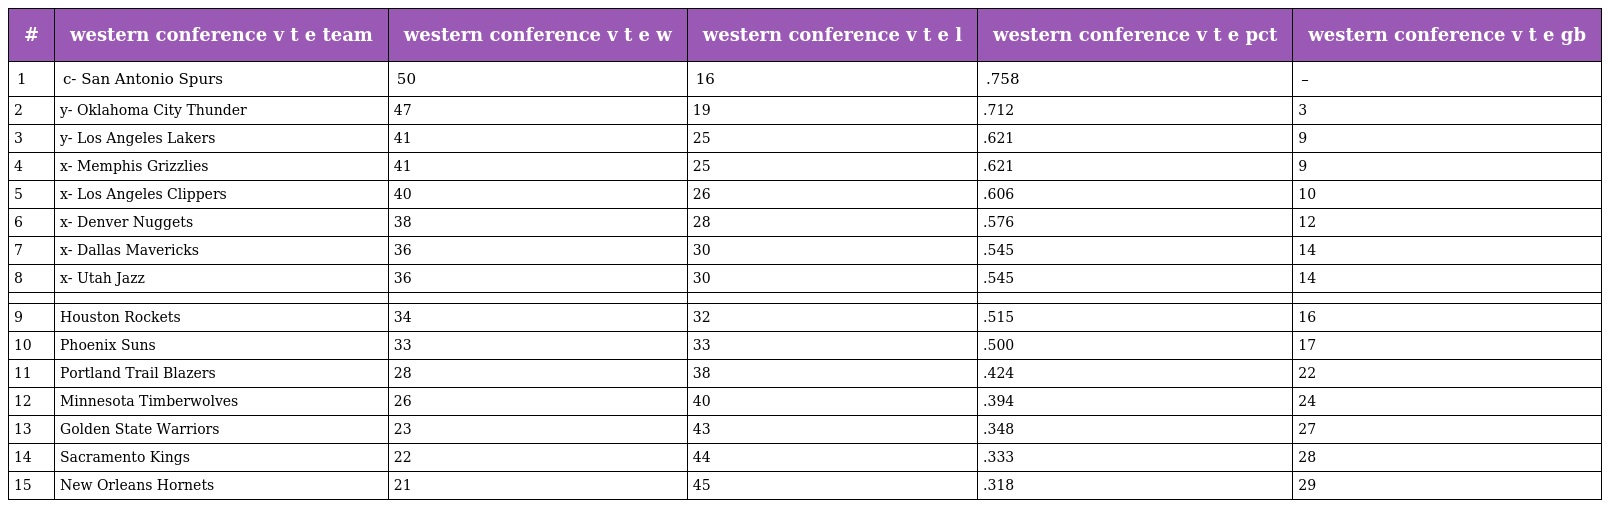
| # | western conference v t e team | western conference v t e w | western conference v t e l | western conference v t e pct | western conference v t e gb |
 | --- | --- | --- | --- | --- | --- |
 | 1 | c- San Antonio Spurs | 50 | 16 | .758 | – |
 | 2 | y- Oklahoma City Thunder | 47 | 19 | .712 | 3 |
 | 3 | y- Los Angeles Lakers | 41 | 25 | .621 | 9 |
 | 4 | x- Memphis Grizzlies | 41 | 25 | .621 | 9 |
 | 5 | x- Los Angeles Clippers | 40 | 26 | .606 | 10 |
 | 6 | x- Denver Nuggets | 38 | 28 | .576 | 12 |
 | 7 | x- Dallas Mavericks | 36 | 30 | .545 | 14 |
 | 8 | x- Utah Jazz | 36 | 30 | .545 | 14 |
 |  |  |  |  |  |  |
 | 9 | Houston Rockets | 34 | 32 | .515 | 16 |
 | 10 | Phoenix Suns | 33 | 33 | .500 | 17 |
 | 11 | Portland Trail Blazers | 28 | 38 | .424 | 22 |
 | 12 | Minnesota Timberwolves | 26 | 40 | .394 | 24 |
 | 13 | Golden State Warriors | 23 | 43 | .348 | 27 |
 | 14 | Sacramento Kings | 22 | 44 | .333 | 28 |
 | 15 | New Orleans Hornets | 21 | 45 | .318 | 29 |